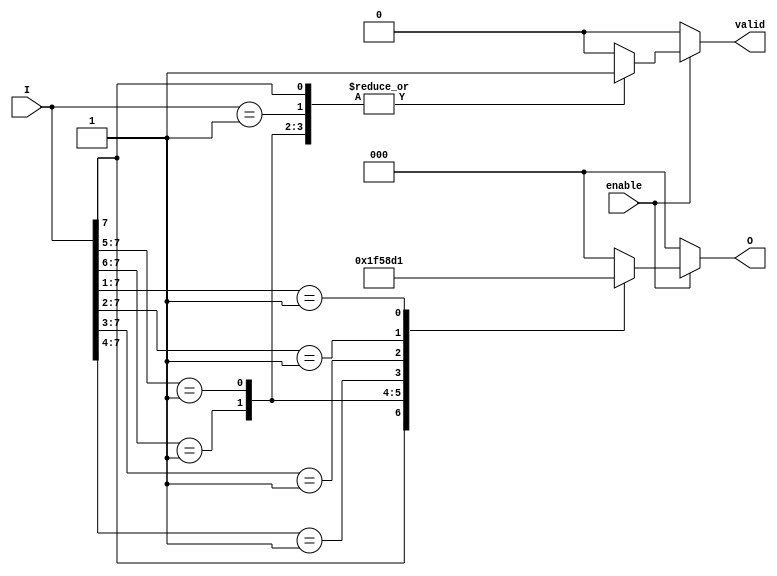
module octal_to_binary_encoder (
    input wire [7:0] I,      // Octal input (8 lines)
    input wire enable,       // Enable signal
    output reg [2:0] O,      // Binary output (3 bits)
    output reg valid         // Valid output signal
);

    always @(*) begin
        if (!enable) begin
            O = 3'b000;      // Default state when not enabled
            valid = 1'b0;    // Output is not valid
        end else begin
            casez (I)        // Use casez to handle don't care conditions
                8'b1??????? : begin O = 3'b111; valid = 1'b1; end // I7
                8'b01?????? : begin O = 3'b110; valid = 1'b1; end // I6
                8'b001????? : begin O = 3'b101; valid = 1'b1; end // I5
                8'b0001???? : begin O = 3'b100; valid = 1'b1; end // I4
                8'b00001??? : begin O = 3'b011; valid = 1'b1; end // I3
                8'b000001?? : begin O = 3'b010; valid = 1'b1; end // I2
                8'b0000001? : begin O = 3'b001; valid = 1'b1; end // I1
                8'b00000001 : begin O = 3'b000; valid = 1'b1; end // I0
                default: begin O = 3'b000; valid = 1'b0; end // Invalid state
            endcase
        end
    end

endmodule